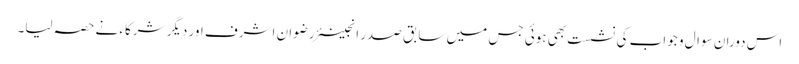
اس دوران سوال و جواب کی نشست بھی ہوئی جس میں سابق صدر انجینئر رضوان اشرف اور دیگر شرکاء نے حصہ لیا۔